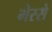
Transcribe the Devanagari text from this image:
मेस्से